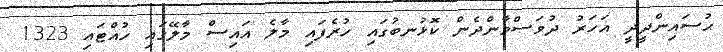
ޙުސައިންދީދީ އަހަރު ދުވަސްވާންދެން ކޮޅުނބުގައި ހުރެފައި މާލެ އައިސް މާލޭގައި ހުއްޓައި 1323